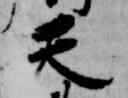
天